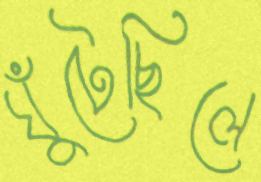
ঘুঁটেছিলে